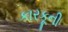
કારકૂની